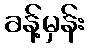
ခန့်မှန်း